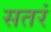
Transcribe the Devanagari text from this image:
सतरं